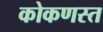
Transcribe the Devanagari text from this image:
कोकणस्त